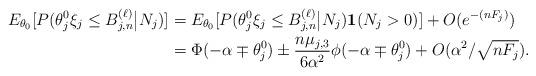
LaTeX: \begin{align*}E_{\theta_0}[P(\theta_j^0\xi_j \leq B_{j,n}^{(\ell)} \big| N_j )] &= E_{\theta_0}[P(\theta_j^0\xi_j \leq B_{j,n}^{(\ell)} \big| N_j )\mathbf{1}(N_j>0)]+ O(e^{-(nF_j)}) \\&=\Phi(-\alpha\mp \theta_j^0) \pm \frac{n\mu_{j,3}}{6\alpha^2}\phi(-\alpha \mp \theta_j^0) +O(\alpha^2/\sqrt{nF_j}).\end{align*}